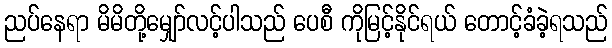
ညပ်နေရာ မိမိတို့မျှော်လင့်ပါသည် ပေစီ ကိုမြင့်နိုင်ရယ် တောင့်ခံခဲ့ရသည်